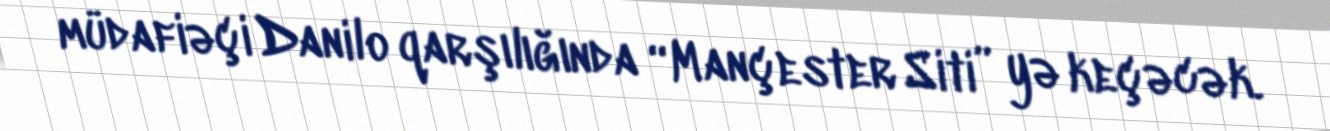
müdafiəçi Danilo qarşılığında “Mançester Siti” yə keçəcək.